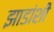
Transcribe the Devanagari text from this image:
झाडांशी